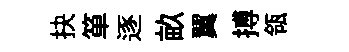
抉箪逐畝翼搏瓴